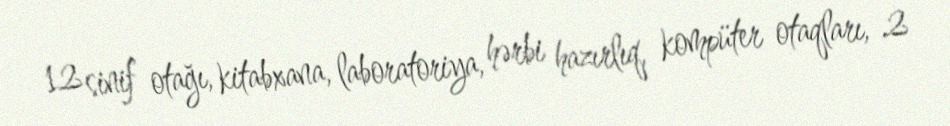
12 sinif otağı, kitabxana, laboratoriya, hərbi hazırlıq, kompüter otaqları, 2